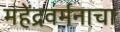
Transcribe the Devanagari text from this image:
महेंद्रवर्मनाचा